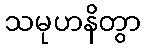
သမုဟနိတွာ